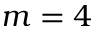
m = 4